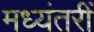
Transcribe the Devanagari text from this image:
मध्यंतरीं